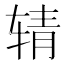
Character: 𰺉